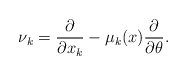
\begin{align*}\nu_k = \frac{\partial}{\partial x_k} - \mu_k(x) \frac{\partial}{\partial \theta} .\end{align*}